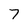
Character: 7